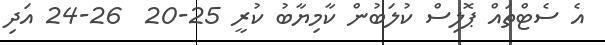
އެ ސެޓްތައް ޕޮލިސް ކުލަބުން ކާމިޔާބު ކުރީ 25-20  26-24 އަދި